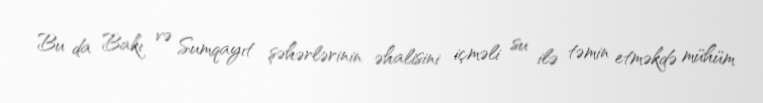
Bu da Bakı və Sumqayıt şəhərlərinin əhalisini içməli su ilə təmin etməkdə mühüm